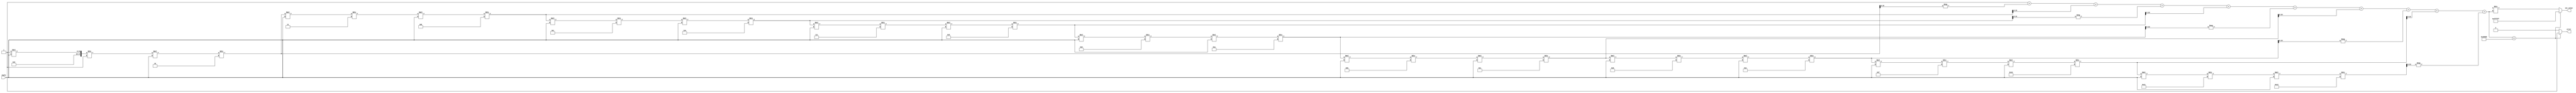
module secant(
    input  wire [23:0] angle,   // Input angle in radians (Q23 format)
    output reg  [23:0] sec_value, // Output secant value (Q23 format)
    output reg  error          // Error flag for division by zero
);
    
    wire signed [23:0] cos_value; // Cosine value to be computed
    reg  signed [23:0] reciprocal; // Reciprocal of cosine
    reg  signed [23:0] cos_approx; // Cosine approximation
    reg  [15:0] i;                 // Iterator for Taylor series
    reg  [47:0] temp;              // Temporary variable for calculations

    // Cosine function using a Taylor series expansion
    function [23:0] cosine;
        input [23:0] x; // Input angle
        integer n;
        begin
            cosine = 0;
            // Taylor series: cos(x) = sum((-1)^n * x^(2n) / (2n)!)
            for (n = 0; n < 10; n = n + 1) begin // limit of 10 terms for approximation
                temp = 1;
                for (i = 1; i <= 2*n; i = i + 1) begin
                    temp = temp * x / i; // Calculate x^(2n)/(2n)!
                end
                cosine = cosine + (n%2 == 0 ? temp : -temp);
            end
        end
    endfunction

    always @* begin
        // Calculate cosine value
        cos_value = cosine(angle);
        
        // Check for division by zero (cosine close to zero)
        if (cos_value < 24'h020000) begin // Threshold to avoid division by zero
            error = 1;                  // Set error flag
            sec_value = 24'hFFFFFFFF;   // Example: return maximum value or NaN
        end else begin
            error = 0;                  // Clear error flag
            // Calculate secant as 1/cos(angle)
            reciprocal = 24'h1000000 / cos_value; // Q23: Multiply by 2^23 to get the reciprocal
            sec_value = reciprocal;       // Assign the result
        end
    end

endmodule